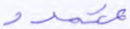
متمدد